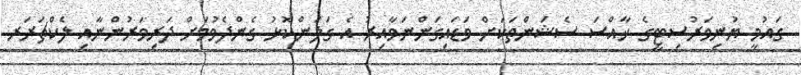
ގައުމީ ޔުނިވަރުސިޓީގެ ޚާއްސަ ސެޝަންތަކަށް ވަޑައިގަންނަވާއިރު އެ ގަލަންކޮޅު ގެންދެވުމަށް ދަރިވަރުންނާއި ލެކްޗަރަރ